Vaccine operations Central Provinces 1886-1899 - 1886-1899
Year: 1886
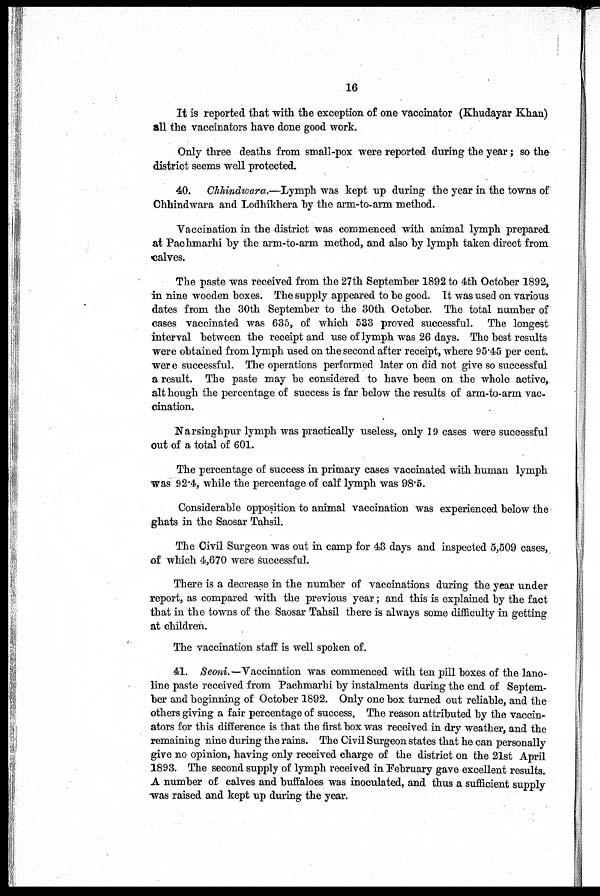
16
It is reported that with the exception of one vaccinator (Khudayar Khan)
all the vaccinators have done good work.
Only three deaths from small-pox were reported during the year; so the
district seems well protected.
40. Chhindwara.—Lymph was kept up during the year in the towns of
Chhindwara and Lodhikhera by the arm-to-arm method.
Vaccination in the district was commenced with animal lymph prepared
at Pachmarhi by the arm-to-arm method, and also by lymph taken direct from
calves.
The paste was received from the 27th September 1892 to 4th October 1892,
in nine wooden boxes. The supply appeared to be good. It was used on various
dates from the 30th September to the 30th October. The total number of
cases vaccinated was 635, of which 533 proved successful. The longest
interval between the receipt and use of lymph was 26 days. The best results
were obtained from lymph used on the second after receipt, where 95.45 per cent.
were successful. The operations performed later on did not give so successful
a result. The paste may be considered to have been on the whole active,
although the percentage of success is far below the results of arm-to-arm vac-
cination.
Narsinghpur lymph was practically useless, only 19 cases were successful
out of a total of 601.
The percentage of success in primary cases vaccinated with human lymph
was 92.4, while the percentage of calf lymph was 98.5.
Considerable opposition to animal vaccination was experienced below the
ghats in the Saosar Tahsil.
The Civil Surgeon was out in camp for 43 days and inspected 5,509 cases,
of which 4,670 were successful.
There is a decrease in the number of vaccinations during the year under
report, as compared with the previous year; and this is explained by the fact
that in the towns of the Saosar Tahsil there is always some difficulty in getting
at children.
The vaccination staff is well spoken of.
41. Seoni.— Vaccination was commenced with ten pill boxes of the lano¬
line paste received from Pachmarhi by instalments during the end of Septem-
ber and beginning of October 1892. Only one box turned out reliable, and the
others giving a fair percentage of success. The reason attributed by the vaccin-
ators for this difference is that the first box was received in dry weather, and the
remaining nine during the rains. The Civil Surgeon states that he can personally
give no opinion, having only received charge of the district on the 21st April
1893. The second supply of lymph received in February gave excellent results.
A number of calves and buffaloes was inoculated, and thus a sufficient supply
was raised and kept up during the year.